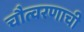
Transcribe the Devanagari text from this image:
चौत्वरणाची